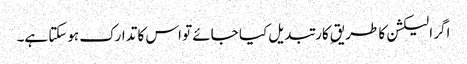
اگر الیکشن کا طریقِ کار تبدیل کیا جائے تو اس کا تدارک ہوسکتا ہے۔